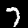
Label: 7